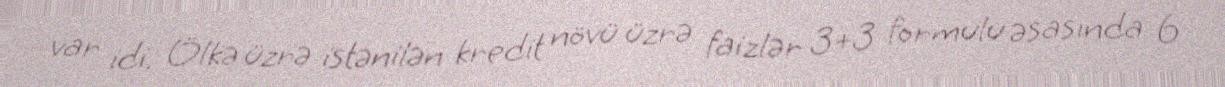
var idi. Ölkə üzrə istənilən kredit növü üzrə faizlər 3+3 formulu əsasında 6